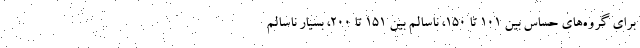
برای گروه‌های حساس بین ۱۰۱ تا ۱۵۰، ناسالم بین ۱۵۱ تا ۲۰۰، بسیار ناسالم